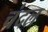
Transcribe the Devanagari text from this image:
चंदल